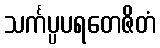
သင်္ကပ္ပပရတေဇိတံ